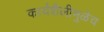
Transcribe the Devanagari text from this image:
कार्यशैलीमुळेच